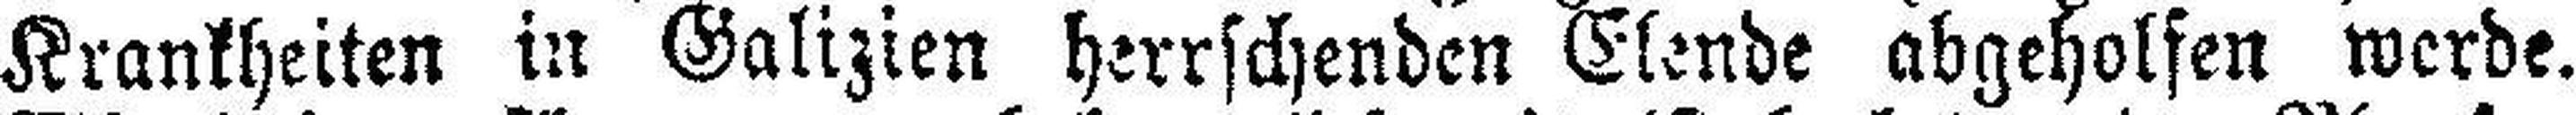
Krankheiten in Galizien herrschenden Elende abgeholfen werde.